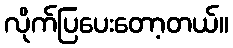
လိုက်ပြပေးတော့တယ်။